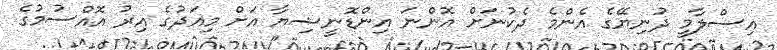
އިސްލާމީ ދުނިޔޭގެ އެންމެ ދެކުނަށް އޮންނަ އިންޑޮނީޝިޔާ އަށް މިއަދުގެ އިރު އޮއްސުމުގެ